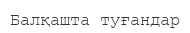
Балқашта туғандар